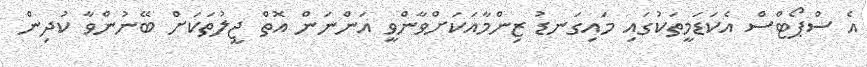
އެ ސްޕޯޓްސް އެކަޑަމީތަކުގައި މައިގަނޑު ޒިންމާއަކަށްވާންވީ އަންނަން އޮތް ޖީލުތަކަށް ބޭނުންވާ ކުދިން